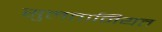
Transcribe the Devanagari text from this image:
सुलतानियत